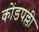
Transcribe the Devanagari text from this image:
कोंडपल्ली